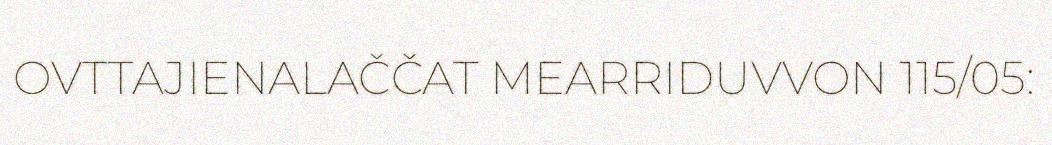
OVTTAJIENALAČČAT MEARRIDUVVON 115/05: